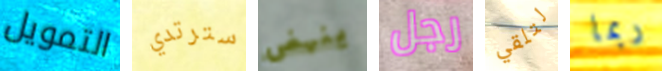
التمويل سترتدي ينهض رجل لتلقي ربما